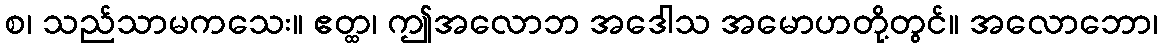
စ၊ သည်သာမကသေး။ ဧတ္ထ၊ ဤအလောဘ အဒေါသ အမောဟတို့တွင်။ အလောဘော၊